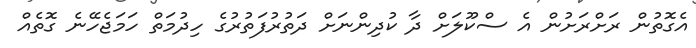
އެގޮތުން ރަށްރަށުން އެ ސްކޫލަށް ދާ ކުދިންނަށް ދަތުރުފަތުރުގެ ހިދުމަތް ހަމަޖެހޭނެ ގޮތެއް